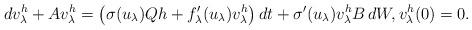
LaTeX: \begin{align*} dv_\lambda^h + Av_\lambda^h = \bigl( \sigma(u_\lambda)Qh + f'_\lambda(u_\lambda) v_\lambda^h\bigr)\,dt + \sigma'(u_\lambda) v_\lambda^h B\,dW, v_\lambda^h(0) = 0.\end{align*}